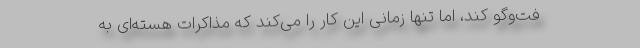
فت‌وگو کند، اما تنها زمانی این کار را می‌کند که مذاکرات هسته‌ای به